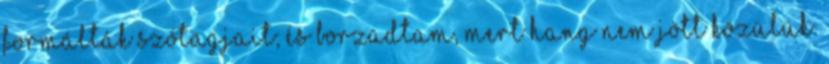
formálták szótagjait; és borzadtam, mert hang nem jött közülük.